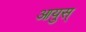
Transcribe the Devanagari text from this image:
आयुस्‌